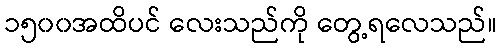
၁၅၀၀အထိပင် လေးသည်ကို တွေ့ရလေသည်။